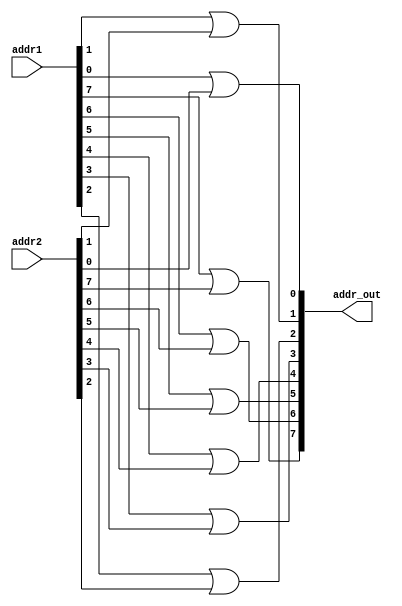
module or_addr_mem(input[7:0] addr1, addr2,
						 output[7:0]addr_out);
			
or(addr_out[7],addr1[7],addr2[7]);	
or(addr_out[6],addr1[6],addr2[6]);	
or(addr_out[5],addr1[5],addr2[5]);	
or(addr_out[4],addr1[4],addr2[4]);	
or(addr_out[3],addr1[3],addr2[3]);	
or(addr_out[2],addr1[2],addr2[2]);	
or(addr_out[1],addr1[1],addr2[1]);	
or(addr_out[0],addr1[0],addr2[0]);			
				
				
endmodule